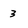
Character: 3